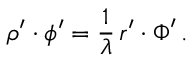
\boldsymbol \rho ^ { \prime } \boldsymbol \cdot \boldsymbol \phi ^ { \prime } = { \frac { 1 } { \lambda } } \, \boldsymbol r ^ { \prime } \boldsymbol \cdot \boldsymbol \Phi ^ { \prime } \, .